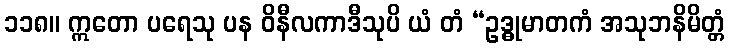
၁၁၈။ ဣတော ပရေသု ပန ဝိနီလကာဒီသုပိ ယံ တံ “ဥဒ္ဓုမာတကံ အသုဘနိမိတ္တံ